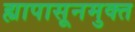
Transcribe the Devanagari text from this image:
ह्यापासूनमुक्त